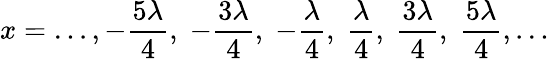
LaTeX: x=\ldots,-{\frac{5\lambda}{4}},\; -{\frac{3\lambda}{4}},\; -{\frac{\lambda}{4}},\; {\frac{\lambda}{4}},\; {\frac{3\lambda}{4}},\; {\frac{5\lambda}{4}},\ldots